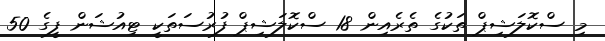
މި ސްކޮލަޝިޕް ތަކުގެ ތެރެއިން 18 ސްކޮލަޝިޕް ފުރުސަތަކީ ޓިއުޝަން ފީގެ 50